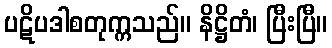
ပဋိပဒါစတုက္ကသည်။ နိဋ္ဌိတံ၊ ပြီးပြီ။